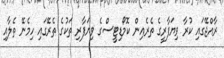
ރާއްޖޭގައި ކުރާ ވިޔަފާރީގެ ތެރެއިން ކޮމޯޑިޓީސްގެ ވިޔަފާރި ތަކުގެ ތެރޭގައި ހިމެނޭ ތެލާއި